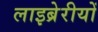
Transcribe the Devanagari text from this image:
लाइब्रेरीयों